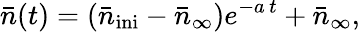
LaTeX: \bar{n}(t)=\left(\bar{n}_{\mathrm{ini}}-\bar{n}_{\infty}\right)e^{-a\, t}+\bar{n}_{\infty},